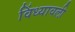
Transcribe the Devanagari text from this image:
विंध्यावली